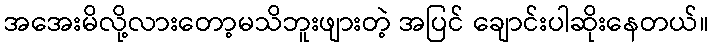
အအေးမိလို့လားတော့မသိဘူးဖျားတဲ့ အပြင် ချောင်းပါဆိုးနေတယ်။